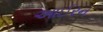
આઈરન